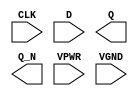
module sky130_fd_sc_hs__dfxbp (
    CLK ,
    D   ,
    Q   ,
    Q_N ,
    VPWR,
    VGND
);

    input  CLK ;
    input  D   ;
    output Q   ;
    output Q_N ;
    input  VPWR;
    input  VGND;
endmodule